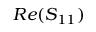
R e ( S _ { 1 1 } )